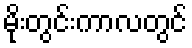
မိုးတွင်းကာလတွင်